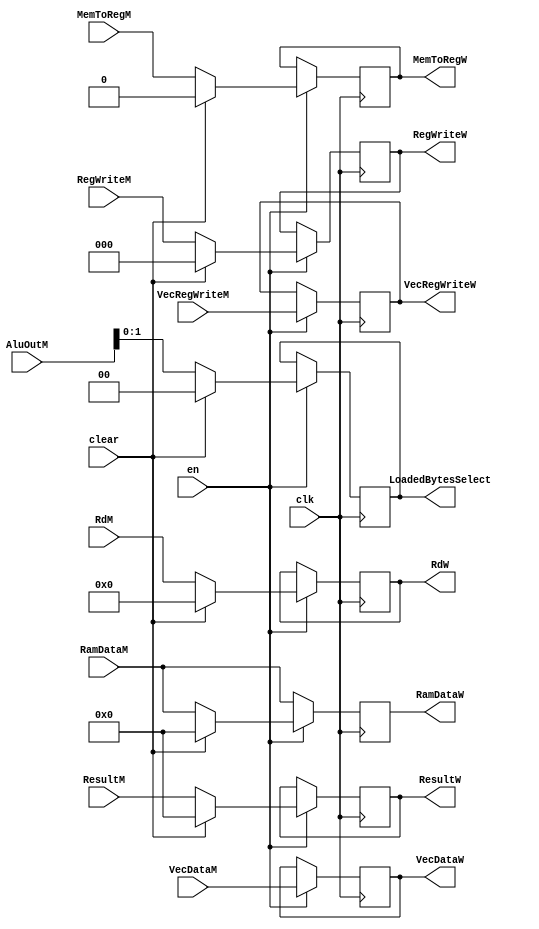
module MEMWBreg (
    input clk,
    input en,
    input clear,
    input [31:0] AluOutM,
    input [31:0] RamDataM,
    input [63:0] VecDataM,
    output reg [63:0] VecDataW,
    output reg [31:0] RamDataW,
    output reg [1:0] LoadedBytesSelect,

    input  [31:0] ResultM,
    output reg  [31:0] ResultW,

    input  [ 4:0] RdM,
    output reg  [ 4:0] RdW,

    input [2:0] RegWriteM,
    output reg [2:0] RegWriteW,

    input MemToRegM,
    output reg MemToRegW,

    input VecRegWriteM,
    output reg VecRegWriteW
);

    always @(posedge clk) begin
        if (en) begin
            LoadedBytesSelect <= clear ? 2'b00 : AluOutM[1:0];
            RegWriteW <= clear ? 3'b0 : RegWriteM;
            MemToRegW <= clear ? 1'b0 : MemToRegM;
            ResultW <= clear ? 0 : ResultM;
            RdW <= clear ? 5'b0 : RdM;
            RamDataW <= clear ? 32'b0 : RamDataM;
            VecDataW <= VecDataM;
            VecRegWriteW <= VecRegWriteM;
        end
        else begin
            LoadedBytesSelect <= LoadedBytesSelect;
            RegWriteW <= RegWriteW;
            MemToRegW <= MemToRegW;
            ResultW <= ResultW;
            RdW <= RdW;
            RamDataW <= RamDataM;
            VecDataW <= VecDataW;
            VecRegWriteW <= VecRegWriteW;
        end
    end

endmodule